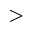
>